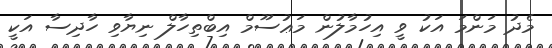
މެދު މަންމަ އަކު ވީ އިހުމާލުން މަޢުސޫމް އިބްތިހާލް ނިޔާވި ހާދިސާ އަކީ